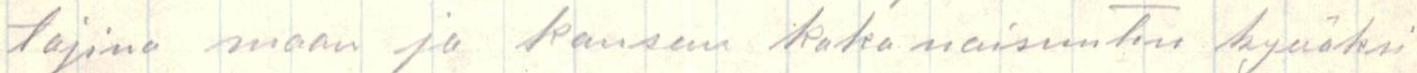
tajina maan ja kansan kokonaisuuten hyväksi